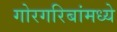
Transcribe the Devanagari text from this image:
गोरगरिबांमध्ये